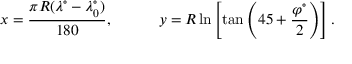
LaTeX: x = { \frac { \pi R ( \lambda ^ { \circ } - \lambda _ { 0 } ^ { \circ } ) } { 1 8 0 } } , \qquad \quad y = R \ln \left[ \tan \left( 4 5 + { \frac { \varphi ^ { \circ } } { 2 } } \right) \right] .